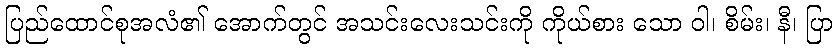
ပြည်ထောင်စုအလံ၏ အောက်တွင် အသင်းလေးသင်းကို ကိုယ်စား သော ဝါ၊ စိမ်း၊ နီ၊ ပြာ